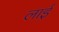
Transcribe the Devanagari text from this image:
लाईं